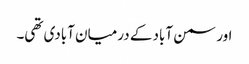
اور سمن آباد کے درمیان آبادی تھی۔